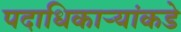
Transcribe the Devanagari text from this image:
पदाधिकार्‍यांकडे